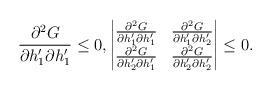
LaTeX: \begin{align*}\frac{\partial^2 G}{\partial h_1'\partial h_1'}\le0,\begin{vmatrix}\frac{\partial^2 G}{\partial h_1'\partial h_1'}&\frac{\partial^2 G}{\partial h_1'\partial h_2'}\\\frac{\partial^2 G}{\partial h_2'\partial h_1'}&\frac{\partial^2 G}{\partial h_2'\partial h_2'}\\\end{vmatrix}\le0.\end{align*}